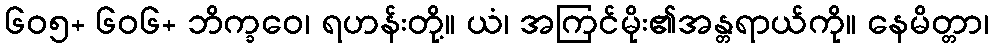
၆၀၅+ ၆၀၆+ ဘိက္ခဝေ၊ ရဟန်းတို့။ ယံ၊ အကြင်မိုး၏အန္တရာယ်ကို။ နေမိတ္တာ၊